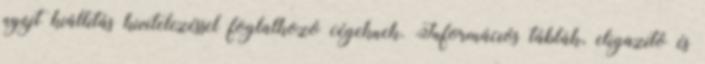
nyújt kiállítás kivitelezéssel foglalkozó cégeknek. Információs táblák, eligazító és